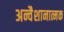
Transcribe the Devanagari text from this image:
अन्वैशानात्मक